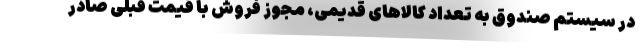
در سیستم صندوق به تعداد کالاهای قدیمی، مجوز فروش با قیمت قبلی صادر